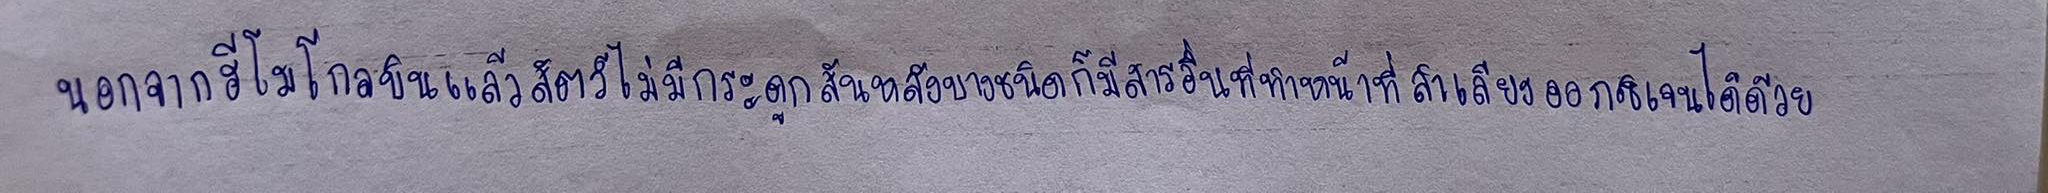
นอกจากฮีโมโกลบินแล้วสัตว์ไม่มีกระดูกสันหลังบางชนิดก็มีสารอื่นที่ทำหน้าที่ลำเลียงออกซิเจนได้ด้วย